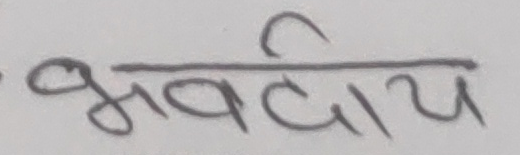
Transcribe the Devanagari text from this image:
भवदीय